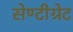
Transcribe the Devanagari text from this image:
सेण्टीग्रेट